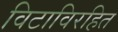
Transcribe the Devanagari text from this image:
विटाविरहित